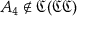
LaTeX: A _ { 4 } \not \in { \mathfrak { C } } ( { \mathfrak { C } } { \mathfrak { C } } )